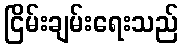
ငြိမ်းချမ်းရေးသည်